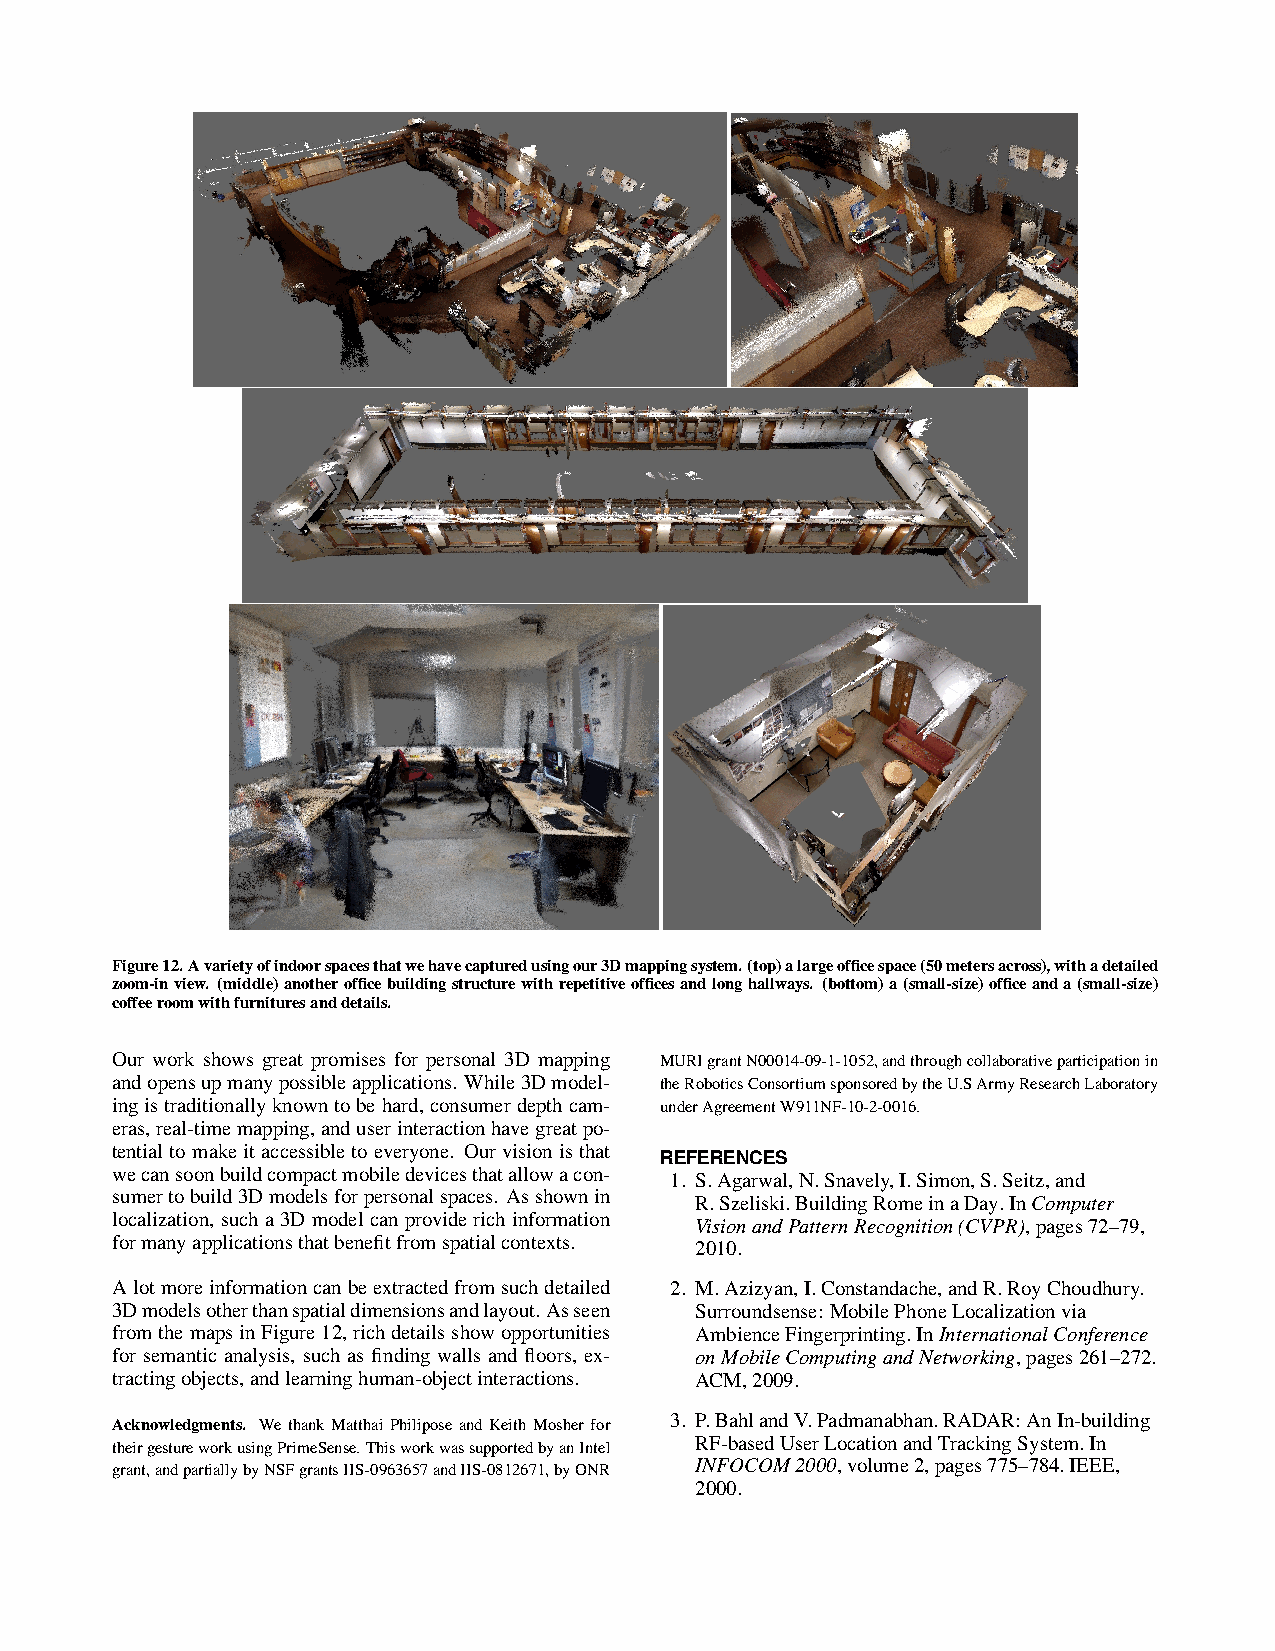
Figure12.Avarietyofindoorspacesthatwehavecapturedusingour3Dmappingsystem.(top)alargeofficespace(50metersacross),withadetailed
 zoom-inview. (middle)anotherofficebuildingstructurewithrepetitiveofficesandlonghallways. (bottom)a(small-size)officeanda(small-size)
 coffeeroomwithfurnituresanddetails.
 Our work shows great promises for personal 3D mapping MURIgrantN00014-09-1-1052,andthroughcollaborativeparticipationin
 andopensupmanypossibleapplications. While3Dmodel- theRoboticsConsortiumsponsoredbytheU.SArmyResearchLaboratory
 ingistraditionallyknowntobehard,consumerdepthcam- underAgreementW911NF-10-2-0016.
 eras,real-timemapping,anduserinteractionhavegreatpo-
 tentialtomakeitaccessibletoeveryone. Ourvisionisthat
 REFERENCES
 wecansoonbuildcompactmobiledevicesthatallowacon-
 1. S.Agarwal,N.Snavely,I.Simon,S.Seitz,and
 sumertobuild3Dmodelsforpersonalspaces. Asshownin R.Szeliski.BuildingRomeinaDay.InComputer
 localization, sucha3Dmodelcanproviderichinformation VisionandPatternRecognition(CVPR),pages72–79,
 formanyapplicationsthatbenefitfromspatialcontexts.
 2010.
 Alotmoreinformationcanbeextractedfromsuchdetailed 2. M.Azizyan,I.Constandache,andR.RoyChoudhury.
 3Dmodelsotherthanspatialdimensionsandlayout.Asseen Surroundsense: MobilePhoneLocalizationvia
 fromthemapsinFigure12,richdetailsshowopportunities AmbienceFingerprinting.InInternationalConference
 for semantic analysis, such as finding walls and floors, ex- onMobileComputingandNetworking,pages261–272.
 tractingobjects,andlearninghuman-objectinteractions. ACM,2009.
 Acknowledgments. We thank Matthai Philipose and Keith Mosher for 3. P.BahlandV.Padmanabhan.RADAR:AnIn-building
 RF-basedUserLocationandTrackingSystem.In
 theirgestureworkusingPrimeSense.ThisworkwassupportedbyanIntel
 INFOCOM2000,volume2,pages775–784.IEEE,
 grant,andpartiallybyNSFgrantsIIS-0963657andIIS-0812671,byONR
 2000.